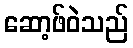
ဆော့ဖ်ဝဲသည်